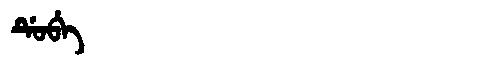
Manchu: ᡩᡠᠪᡝ
Romanization: DUBE